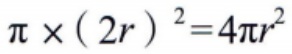
$\pi\times(2r)^2 = 4\pi r^{2}$